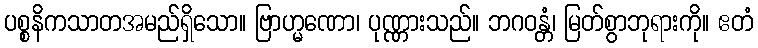
ပစ္စနိကသာတအမည်ရှိသော။ ဗြာဟ္မဏော၊ ပုဏ္ဏားသည်။ ဘဂဝန္တံ၊ မြတ်စွာဘုရားကို။ ဧတံ